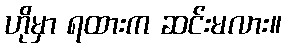
ဟိုမှာ ရထားက ဆင်းမလား။